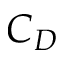
C _ { D }